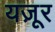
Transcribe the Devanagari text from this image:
यज़ूर